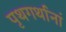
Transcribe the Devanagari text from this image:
पृथगर्थानां